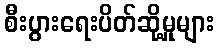
စီးပွားရေးပိတ်ဆို့မှုများ